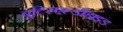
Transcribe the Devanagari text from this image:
बुटिरएल्डीहाइड